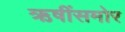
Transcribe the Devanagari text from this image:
ऋषींसमोर